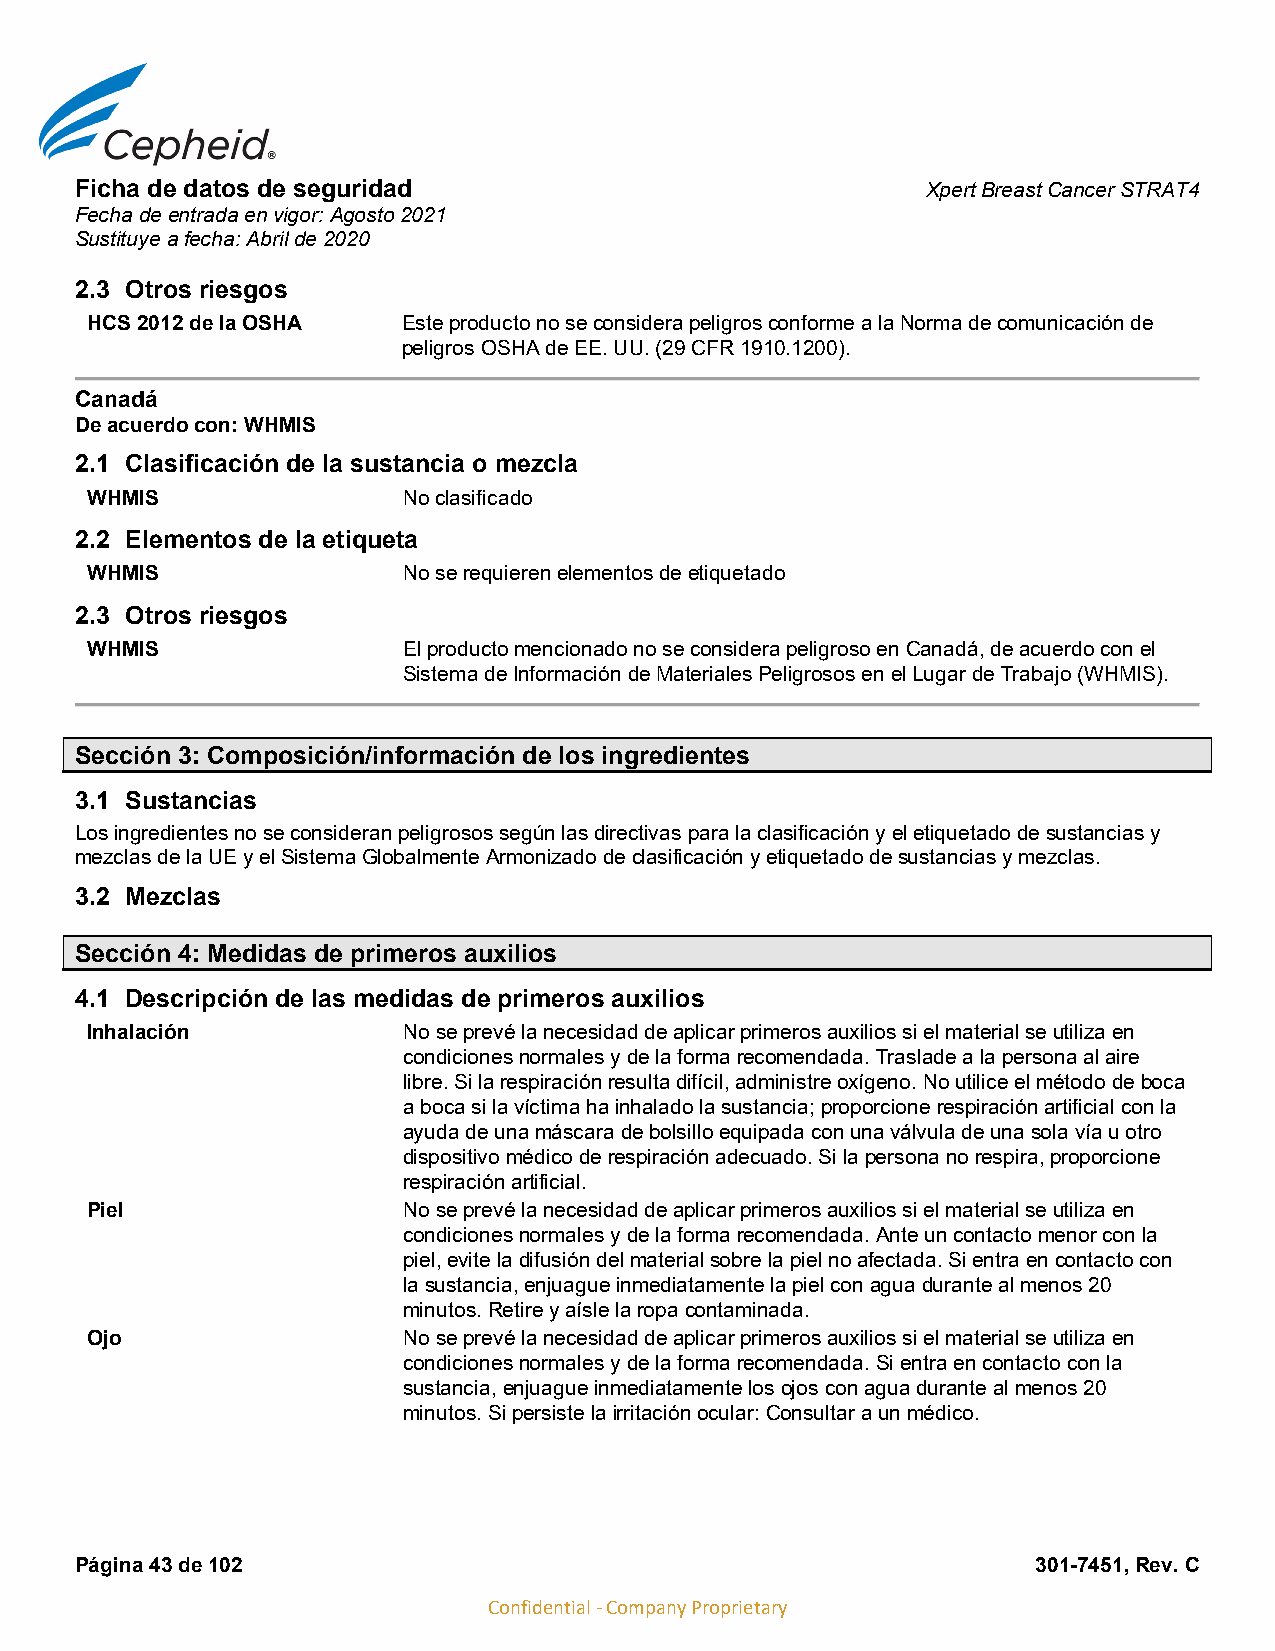
Ficha de datos de seguridad                             Xpert Breast Cancer STRAT4
 Fecha de entrada en vigor: Agosto 2021
 Sustituye a fecha: Abril de 2020
 2.3 Otros riesgos
 HCS 2012 de la OSHA  Este producto no se considera peligros conforme a la Norma de comunicación de
 peligros OSHA de EE. UU. (29 CFR 1910.1200).
 Canadá
 De acuerdo con: WHMIS
 2.1 Clasificación de la sustancia o mezcla
 WHMIS                No clasificado
 2.2 Elementos de la etiqueta
 WHMIS                No se requieren elementos de etiquetado
 2.3 Otros riesgos
 WHMIS                El producto mencionado no se considera peligroso en Canadá, de acuerdo con el
 Sistema de Información de Materiales Peligrosos en el Lugar de Trabajo (WHMIS).
 Sección 3: Composición/información de los ingredientes
 3.1 Sustancias
 Los ingredientes no se consideran peligrosos según las directivas para la clasificación y el etiquetado de sustancias y
 mezclas de la UE y el Sistema Globalmente Armonizado de clasificación y etiquetado de sustancias y mezclas.
 3.2 Mezclas
 Sección 4: Medidas de primeros auxilios
 4.1 Descripción de las medidas de primeros auxilios
 Inhalación           No se prevé la necesidad de aplicar primeros auxilios si el material se utiliza en
 condiciones normales y de la forma recomendada. Traslade a la persona al aire
 libre. Si la respiración resulta difícil, administre oxígeno. No utilice el método de boca
 a boca si la víctima ha inhalado la sustancia; proporcione respiración artificial con la
 ayuda de una máscara de bolsillo equipada con una válvula de una sola vía u otro
 dispositivo médico de respiración adecuado. Si la persona no respira, proporcione
 respiración artificial.
 Piel                 No se prevé la necesidad de aplicar primeros auxilios si el material se utiliza en
 condiciones normales y de la forma recomendada. Ante un contacto menor con la
 piel, evite la difusión del material sobre la piel no afectada. Si entra en contacto con
 la sustancia, enjuague inmediatamente la piel con agua durante al menos 20
 minutos. Retire y aísle la ropa contaminada.
 Ojo                  No se prevé la necesidad de aplicar primeros auxilios si el material se utiliza en
 condiciones normales y de la forma recomendada. Si entra en contacto con la
 sustancia, enjuague inmediatamente los ojos con agua durante al menos 20
 minutos. Si persiste la irritación ocular: Consultar a un médico.
 Página 43 de 102                                                301-7451, Rev. C
 Confidential - Company Proprietary